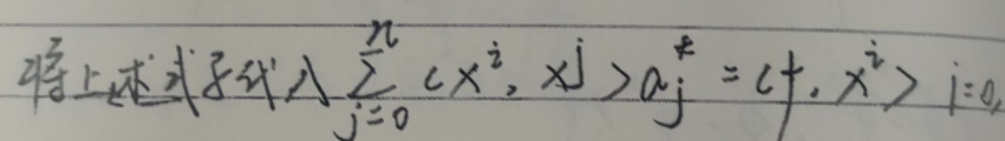
将上述式子代入\(\sum_{j = 0}^{n} \langle x^{i}, x^{j} \rangle a_{j}^{*} = \langle f, x^{i} \rangle\) \(i = 0,\)